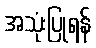
အသုံးပြုရန်